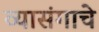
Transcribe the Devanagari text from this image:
व्यासंगाचे